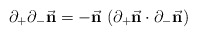
\begin{align*}\partial_+\partial_-{\vec {\bf n}}=-{\vec {\bf n}} \,\,(\partial_+{\vec {\bf n}} \cdot \partial_-{\vec {\bf n}})\end{align*}